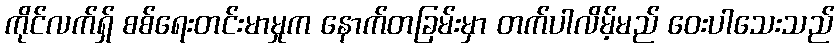
ကိုင်လက်ရှ် စစ်ရေးတင်းမာမှုက နောက်တခြမ်းမှာ တက်ပါလိမ့်မည် ဝေးပါသေးသည်